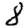
Digit: 8